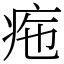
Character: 𤵚